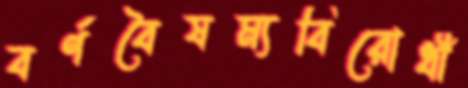
বর্ণবৈষম্যবিরোধী